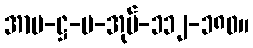
အာပ-ဋ္ဌ-ပ-အုပ်-၁၁၂-၁၈၀။